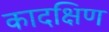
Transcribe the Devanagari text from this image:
कादक्षिण